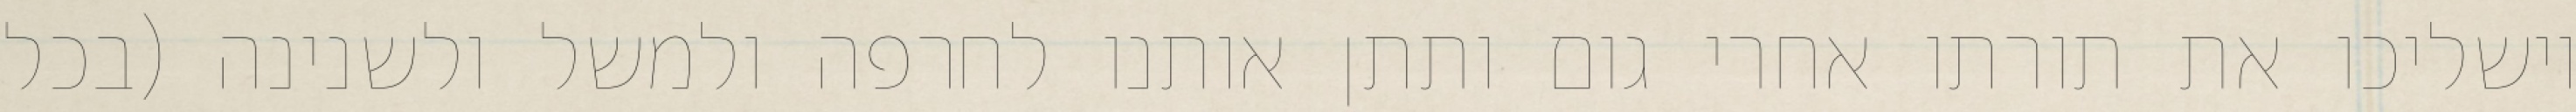
וישליכו את תורתו אחרי גום ותתן אותנו לחרפה ולמשל ולשנינה (בכל